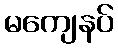
မကျေနပ်